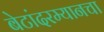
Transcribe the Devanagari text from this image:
बेटांदरम्यानचा